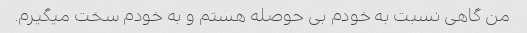
من گاهی نسبت به خودم بی حوصله هستم و به خودم سخت میگیرم.